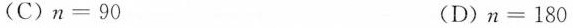
(C)$$n = 9 0$$ (D)$$n = 1 8 0$$